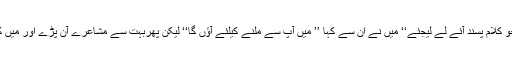
آپ کو میرا جو کلام پسند آئے لے لیجئے‘‘ میں نے ان سے کہا ’’ میں آپ سے ملنے کیلئے آؤں گا‘‘ لیکن پھربہت سے مشاعرے آن پڑے اور میں کلکتہ چلا گیا۔